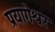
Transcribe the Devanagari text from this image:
प्रयागेश्वर